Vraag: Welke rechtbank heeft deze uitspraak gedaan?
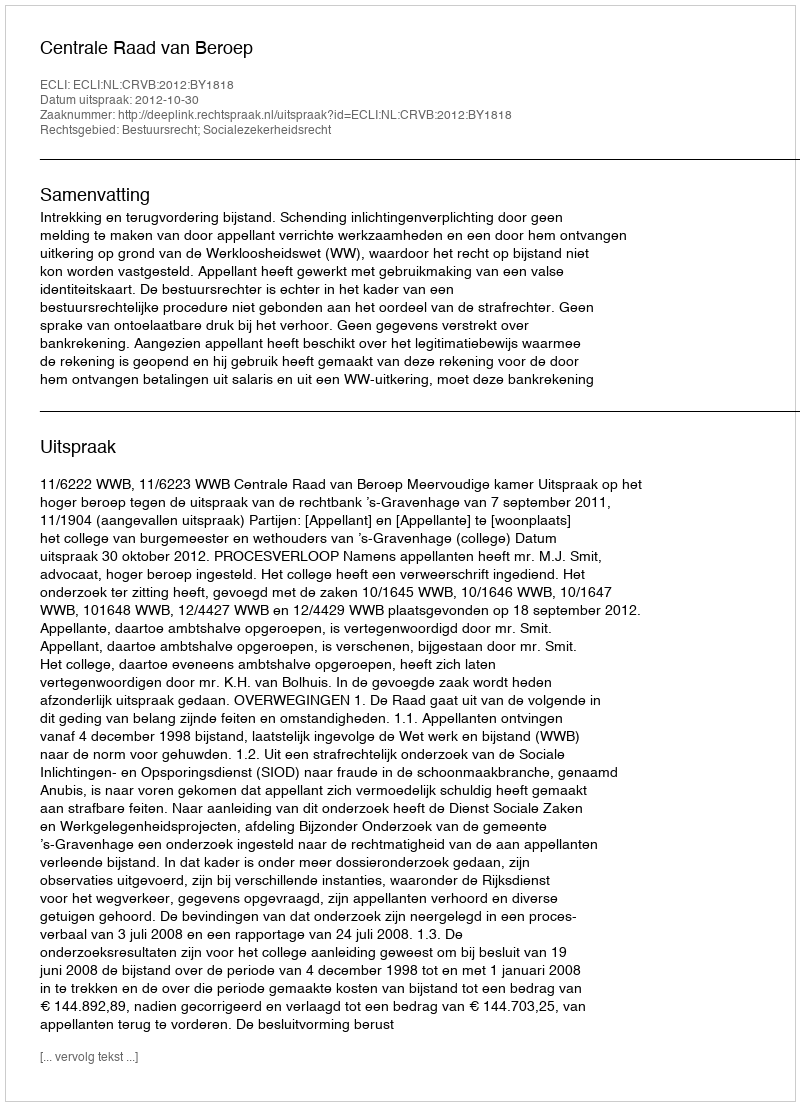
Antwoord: Centrale Raad van Beroep